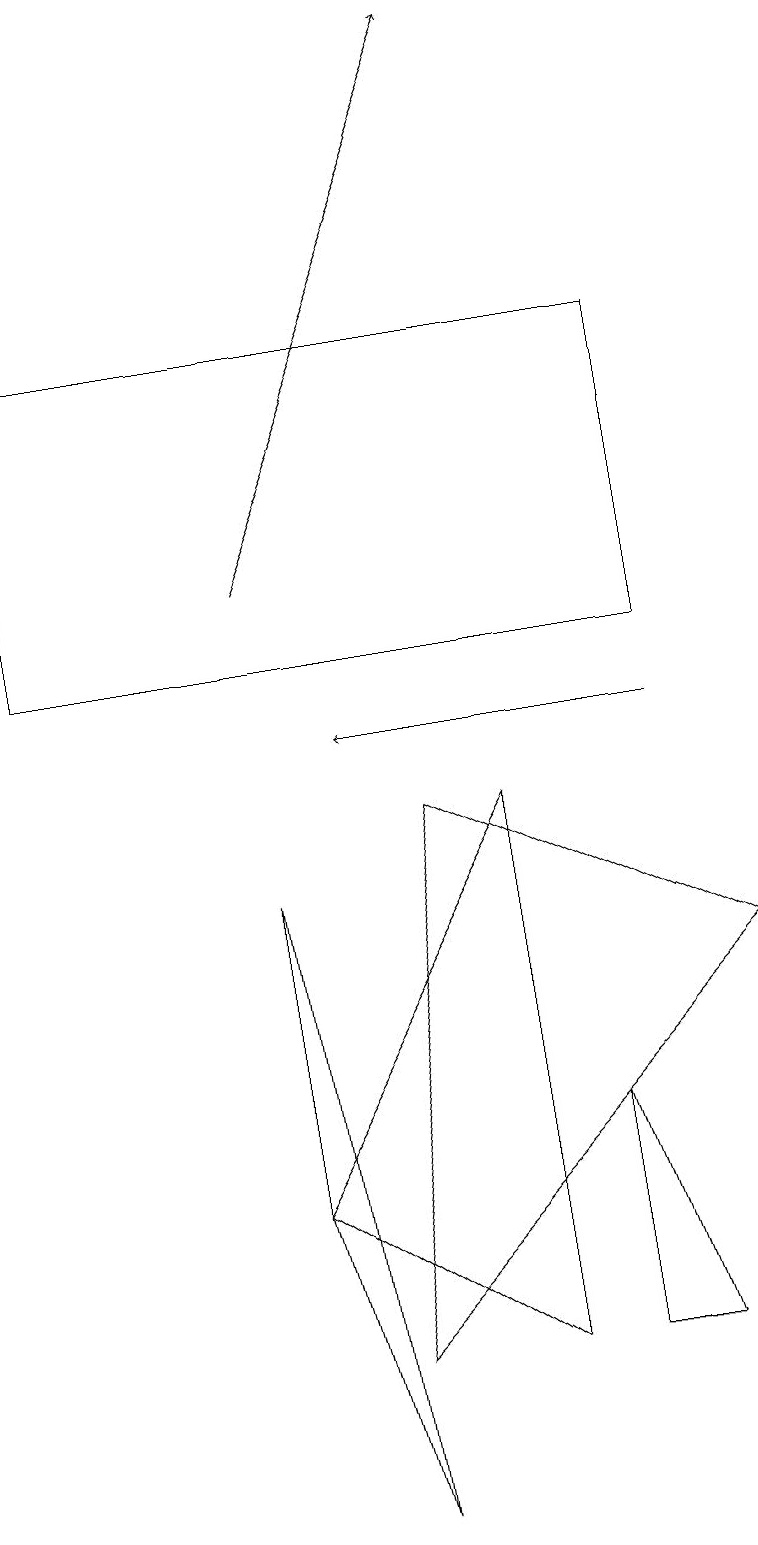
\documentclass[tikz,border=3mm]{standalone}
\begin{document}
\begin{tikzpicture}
\draw[->] (8,10) -- (4,10);
\draw (9,7) -- (4,2) -- (5,9) -- cycle;
\draw (0,15) rectangle (8,11);
\draw (3,4) -- (6,9) -- (6,2) -- cycle;
\draw (7,5) -- (7,2) -- (8,2) -- cycle;
\draw (4,0) -- (3,4) -- (3,8) -- cycle;
\draw[->] (3,12) -- (6,19);
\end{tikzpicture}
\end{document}